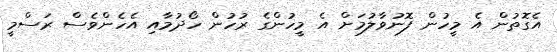
އެގޮތުން އެ މީހުން ފޮނުވާލުމަށް އެ މީހުންގެ ރުހުން ހޯދުމާއި އެހެންވެސް ރަސްމީ